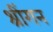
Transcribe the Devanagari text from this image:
श्रींगन